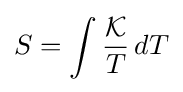
S=\int {\frac {\mathcal {K}}{T}}\,dT